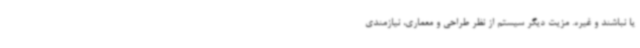
یا نباشند و غیره. مزیت دیگر سیستم از نظر طراحی و معماری، نیازمندی